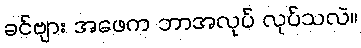
ခင်ဗျား အဖေက ဘာအလုပ် လုပ်သလဲ။